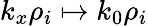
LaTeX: k_{x}\rho_{i}\mapsto k_{0}\rho_{i}